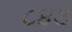
૮૪૩